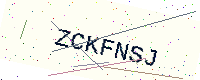
Text: ZCKFNSJ